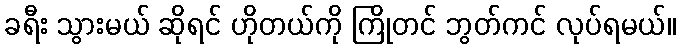
ခရီး သွားမယ် ဆိုရင် ဟိုတယ်ကို ကြိုတင် ဘွတ်ကင် လုပ်ရမယ်။